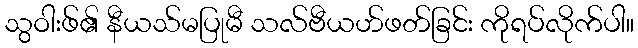
သွဝါးဖ်၏ နီယသ်မပြုမီ သလ်ဗီယဟ်ဖတ်ခြင်း ကိုရပ်လိုက်ပါ။